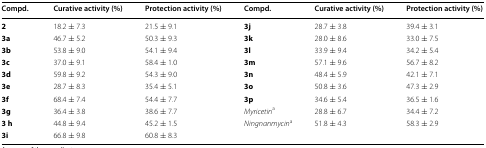
| Compd. | Curative activity (%) | Protection activity (%) | Compd. | Curative activity (%) | Protection activity (%) |
 | --- | --- | --- | --- | --- | --- |
 | 2 | 18.2 ± 7.3 | 21.5 ± 9.1 | 3j | 28.7 ± 3.8 | 39.4 ± 3.1 |
 | 3a | 46.7 ± 5.2 | 50.3 ± 9.3 | 3k | 28.0 ± 8.6 | 33.0 ± 7.5 |
 | 3b | 53.8 ± 9.0 | 54.1 ± 9.4 | 3l | 33.9 ± 9.4 | 34.2 ± 5.4 |
 | 3c | 37.0 ± 9.1 | 58.4 ± 1.0 | 3m | 57.1 ± 9.6 | 56.7 ± 8.2 |
 | 3d | 59.8 ± 9.2 | 54.3 ± 9.0 | 3n | 48.4 ± 5.9 | 42.1 ± 7.1 |
 | 3e | 28.7 ± 8.3 | 35.4 ± 5.1 | 3o | 50.8 ± 3.6 | 47.3 ± 2.9 |
 | 3f | 68.4 ± 7.4 | 54.4 ± 7.7 | 3p | 34.6 ± 5.4 | 36.5 ± 1.6 |
 | 3g | 36.4 ± 3.8 | 38.6 ± 7.7 | Myricetina | 28.8 ± 6.7 | 34.4 ± 7.2 |
 | 3 h | 44.8 ± 9.4 | 45.2 ± 1.5 | Ningnanmycina | 51.8 ± 4.3 | 58.3 ± 2.9 |
 | 3i | 66.8 ± 9.8 | 60.8 ± 8.3 |  |  |  |